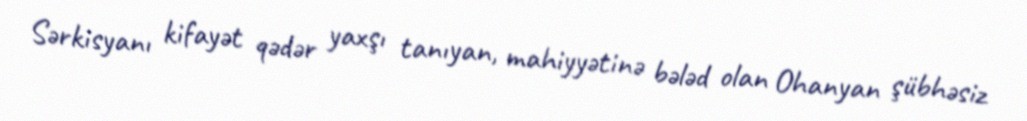
Sərkisyanı kifayət qədər yaxşı tanıyan, mahiyyətinə bələd olan Ohanyan şübhəsiz